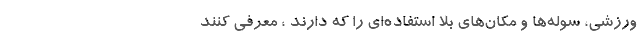
ورزشی، سوله‌ها و مکان‌های بلا استفاده‌ای را که دارند ، معرفی کنند